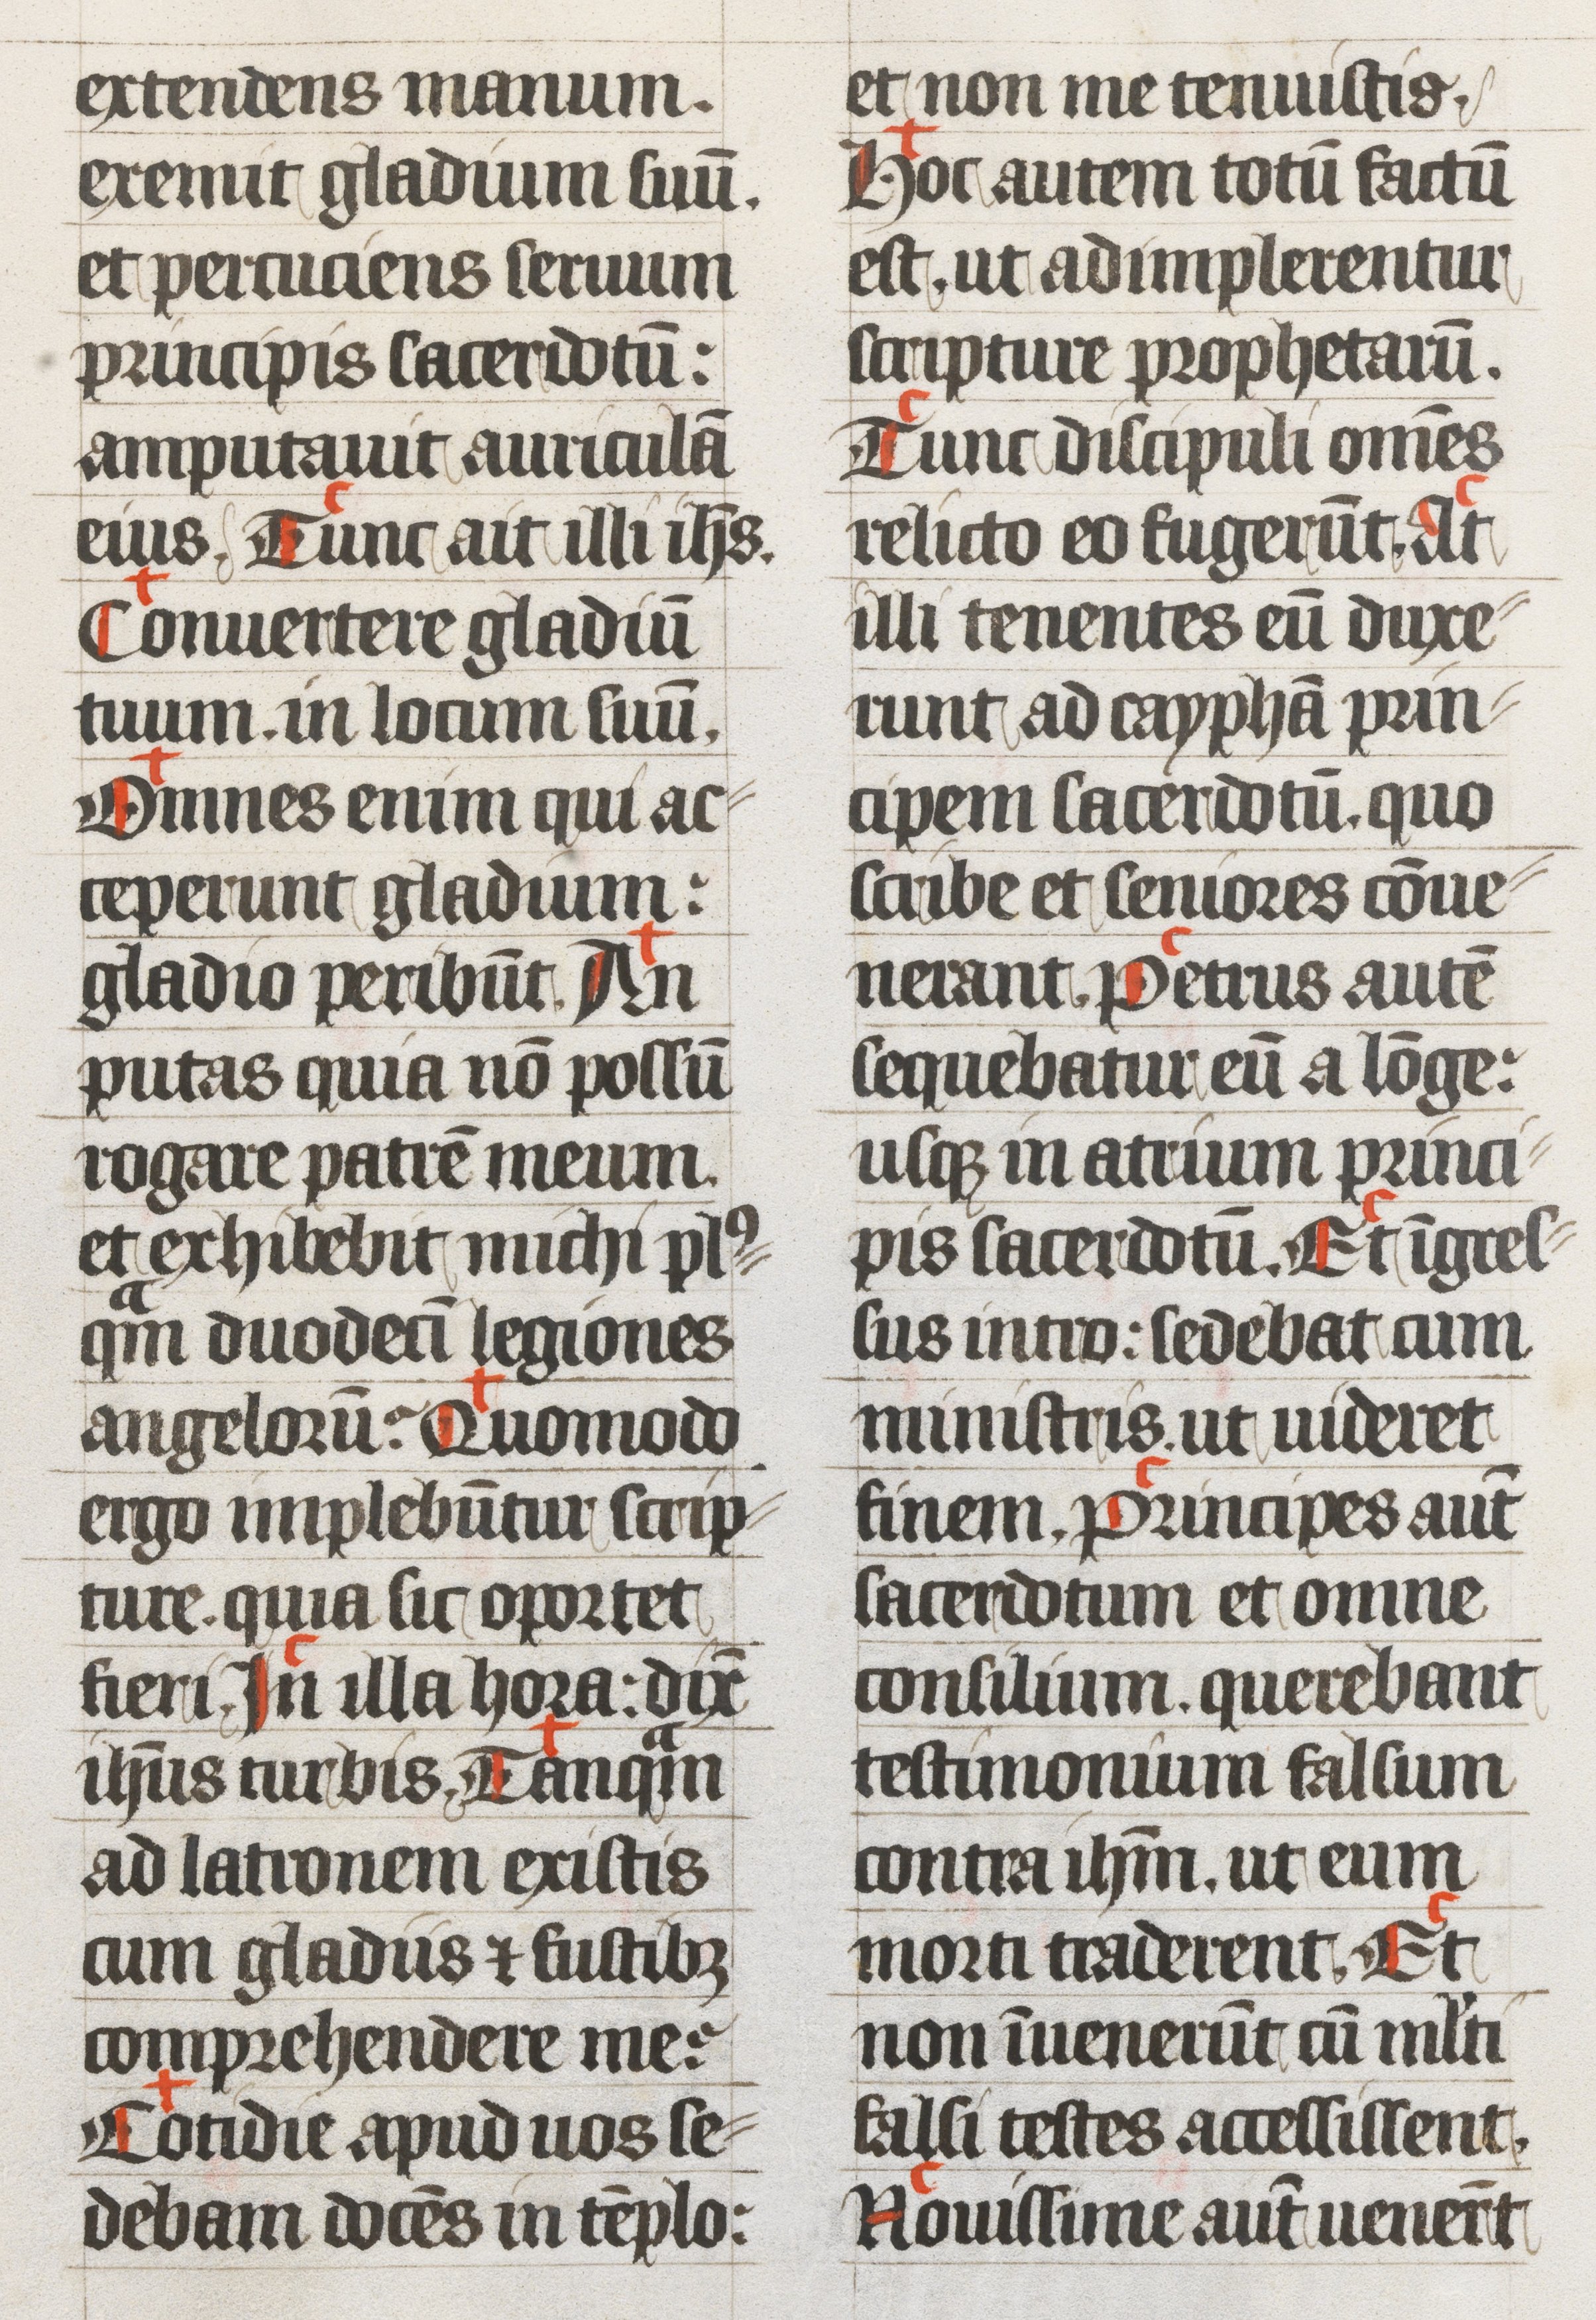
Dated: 1439–1439